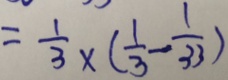
= \frac { 1 } { 3 } \times ( \frac { 1 } { 3 } - \frac { 1 } { 3 3 } )